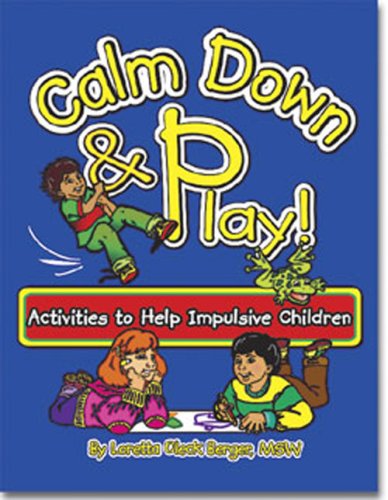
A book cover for Calm Down & Play: Activities to Help Impulsive Children; Loretta Oleck Berger; Health, Fitness & Dieting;